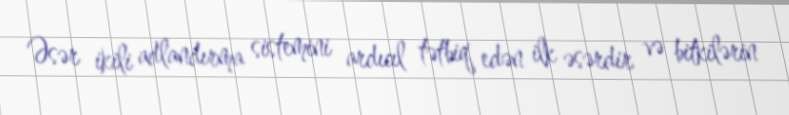
Əsər ikili adlandırma sistemini ardıcıl tətbiq edən ilk əsərdir və bitkilərin